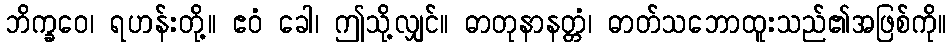
ဘိက္ခဝေ၊ ရဟန်းတို့။ ဧဝံ ခေါ၊ ဤသို့လျှင်။ ဓာတုနာနတ္တံ၊ ဓာတ်သဘောထူးသည်၏အဖြစ်ကို။